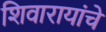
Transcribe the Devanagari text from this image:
शिवारायांचे